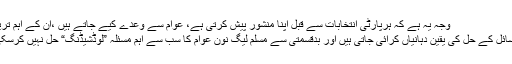
وجہ یہ ہے کہ ہرپارٹی انتخابات سے قبل اپنا منشور پیش کرتی ہے، عوام سے وعدے کیے جاتے ہیں ،اُن کے اہم ترین
مسائل کے حل کی یقین دہانیاں کرائی جاتی ہیں اور بدقسمتی سے مسلم لیگ نون عوام کا سب سے اہم مسئلہ ”لوڈشیڈنگ“ حل نہیں کرسکی۔